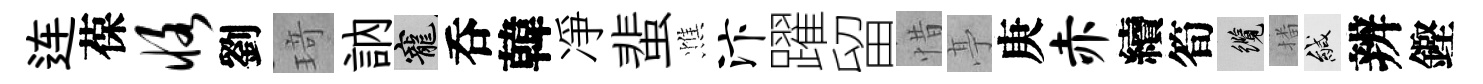
连葆恪劉𤦺訥寵呑韓凈蜚憔汴躍留惜𠅘庚赤續筍纜播緘辨鏗